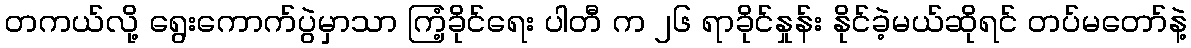
တကယ်လို့ ရွေးကောက်ပွဲမှာသာ ကြံ့ခိုင်ရေး ပါတီ က ၂၆ ရာခိုင်နှုန်း နိုင်ခဲ့မယ်ဆိုရင် တပ်မတော်နဲ့